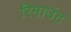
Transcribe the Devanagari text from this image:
रिमाउंट